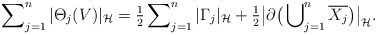
\begin{align*}\sum\nolimits^{n}_{j=1} |\Theta_j(V)|_{\cal H} = \tfrac{1}{2} \sum\nolimits^n_{j=1} |\Gamma_j|_{\cal H} + \tfrac{1}{2}\big|\partial\big( \bigcup\nolimits^n_{j=1} \overline{X_j}\big)\big|_{\cal H}.\end{align*}